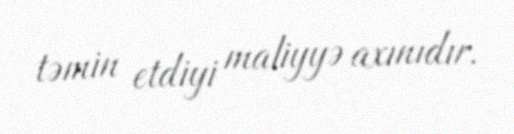
təmin etdiyi maliyyə axınıdır.